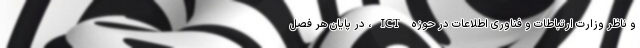
و ناظر وزارت ارتباطات و فناوری اطلاعات در حوزه ICT، در پایان هر فصل